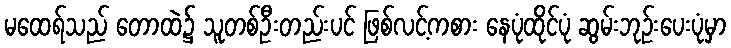
မထေရ်သည် တောထဲ၌ သူတစ်ဦးတည်းပင် ဖြစ်လင့်ကစား နေပုံထိုင်ပုံ ဆွမ်းဘုဉ်းပေးပုံမှာ